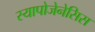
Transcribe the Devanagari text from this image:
स्यापोजेनेसिस